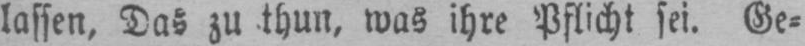
lassen, Das zu thun, was ihre Pflicht sei. Ge⸗